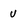
Character: U